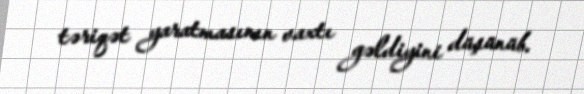
təriqət yaratmasının vaxtı gəldiyini düşünüb.